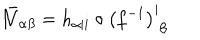
{ \bar { \cal N } } _ { \alpha \beta } = h _ { \alpha \vert i } \circ \left( f ^ { - 1 } \right) _ { \phantom { i } \beta } ^ { i }